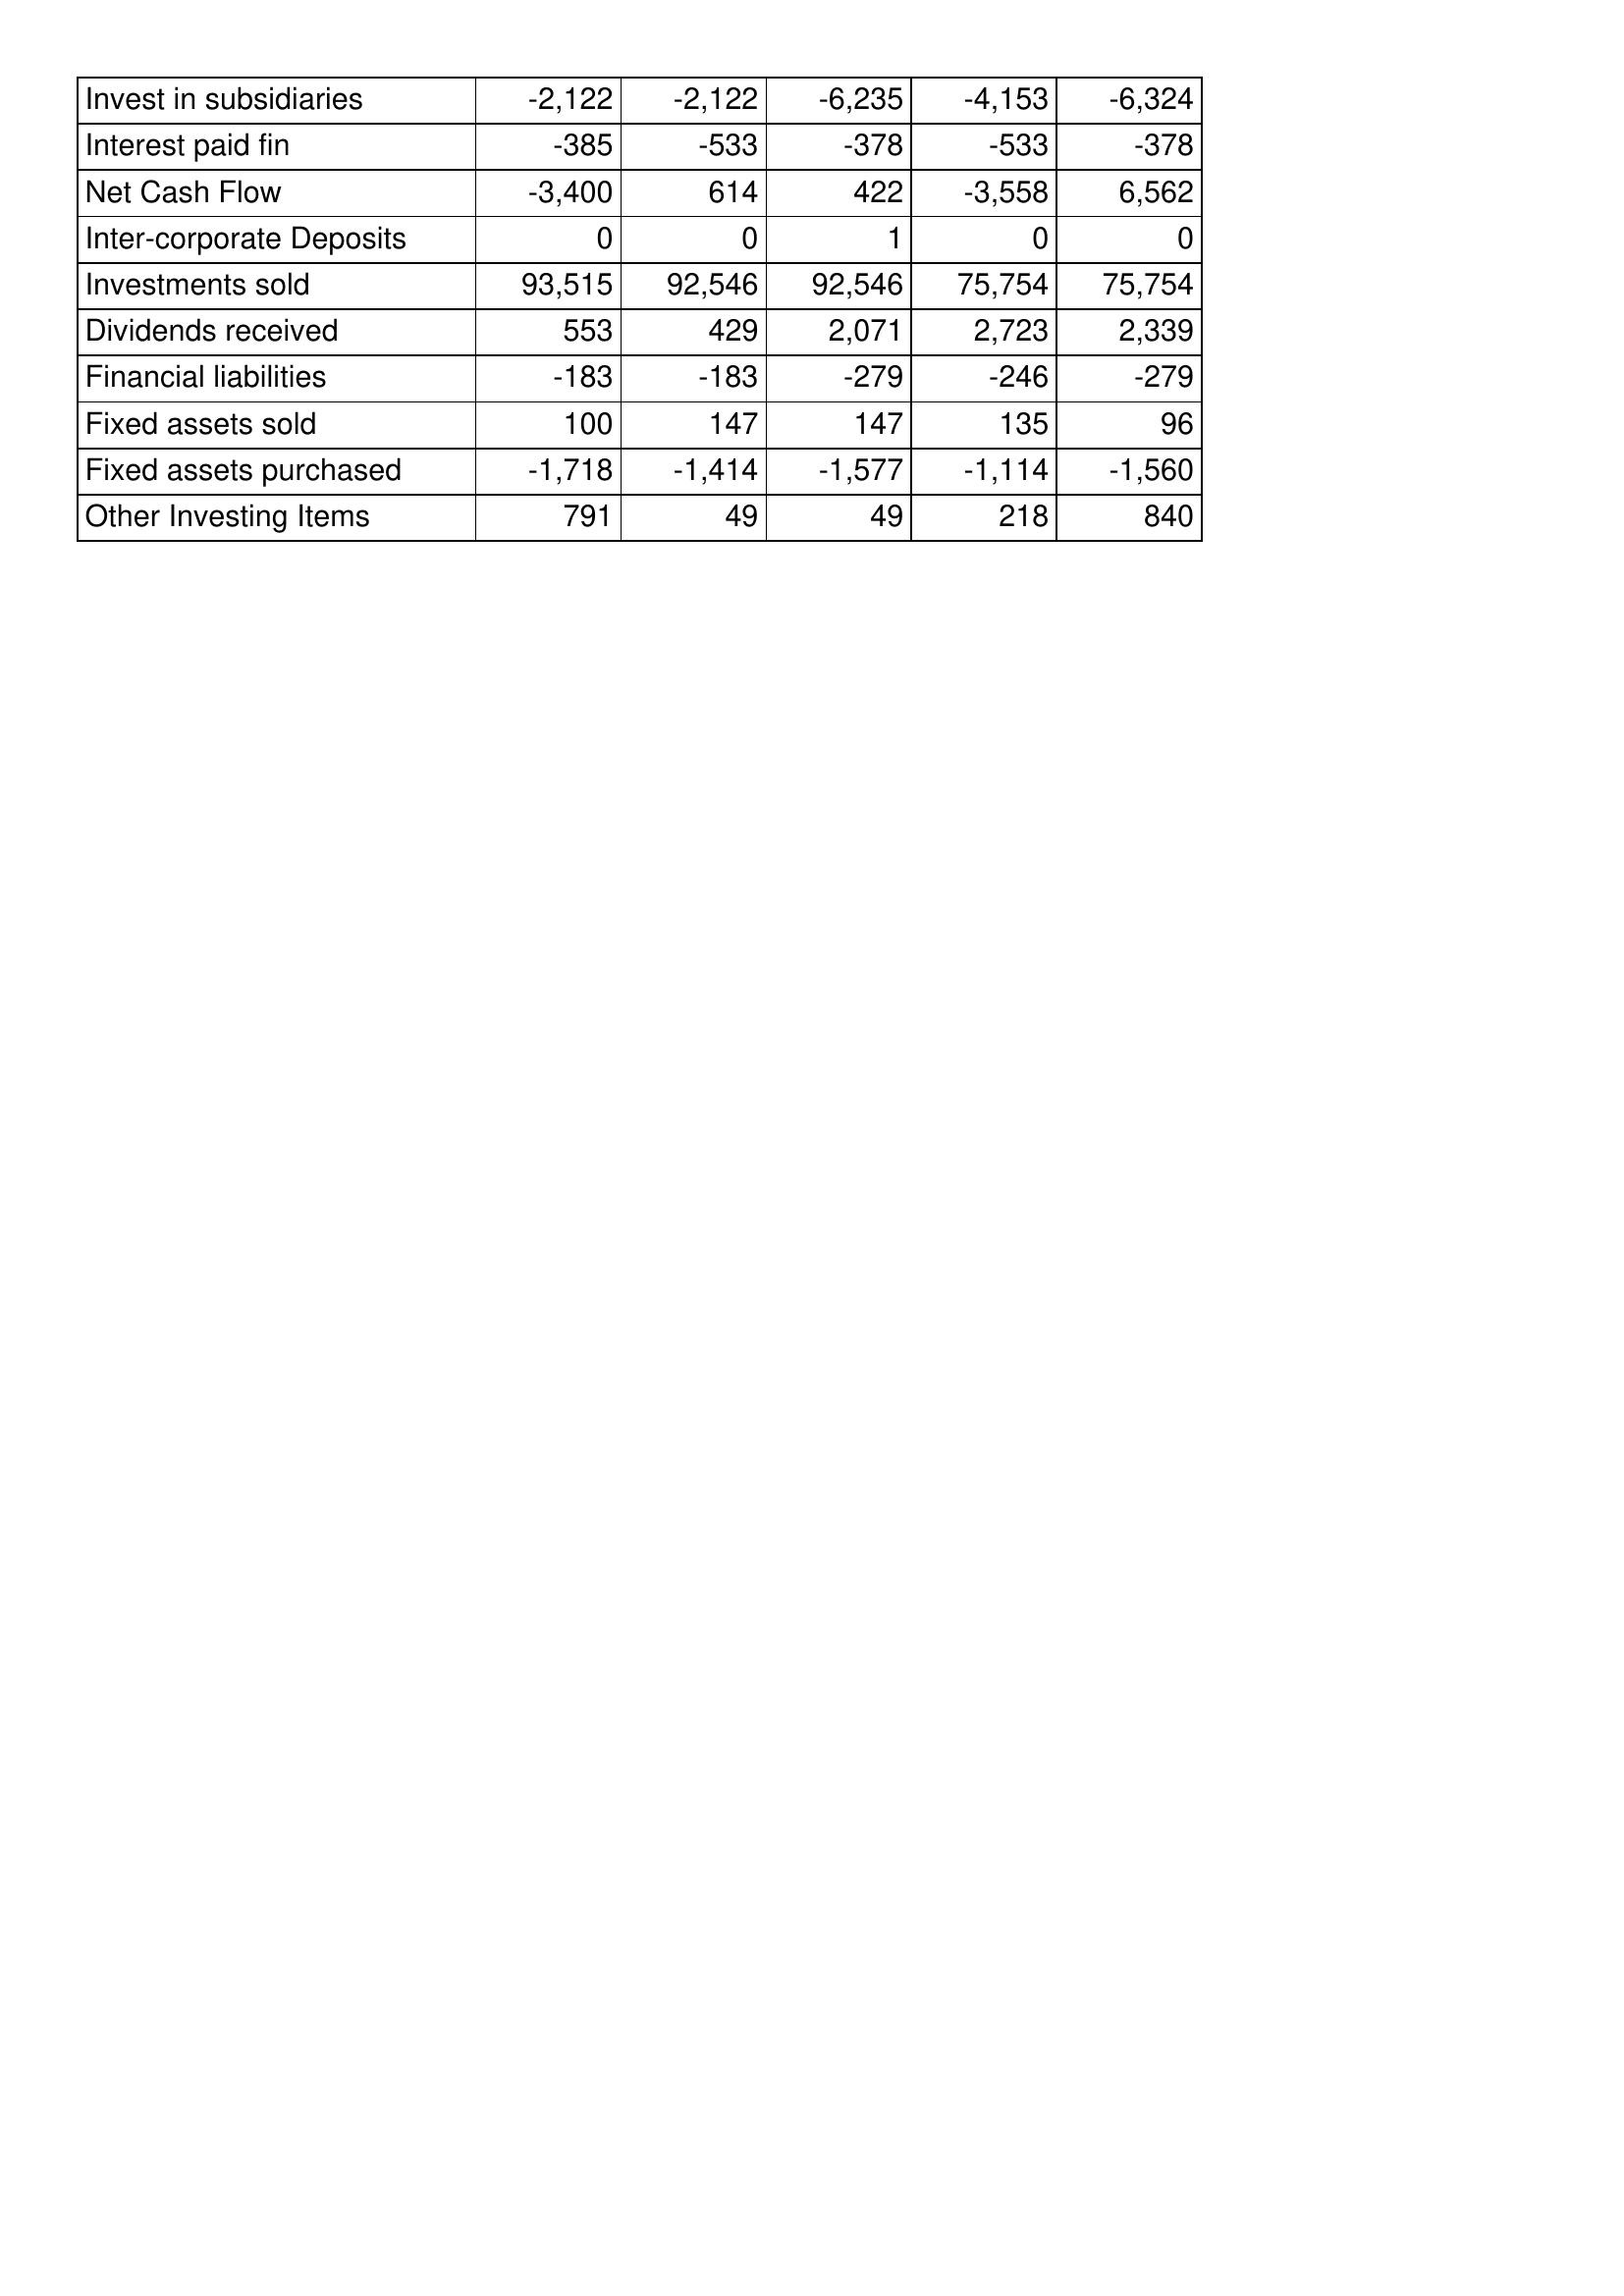
May-14: Cash Flows: Invest in subsidiaries: -2,122
Interest paid fin: -385
Net Cash Flow: -3,400
Inter-corporate Deposits: 0
Investments sold: 93,515
Dividends received: 553
Financial liabilities: -183
Fixed assets sold: 100
Fixed assets purchased: -1,718
Other Investing Items: 791
May-13: Cash Flows: Invest in subsidiaries: -2,122
Interest paid fin: -533
Net Cash Flow: 614
Inter-corporate Deposits: 0
Investments sold: 92,546
Dividends received: 429
Financial liabilities: -183
Fixed assets sold: 147
Fixed assets purchased: -1,414
Other Investing Items: 49
May-12: Cash Flows: Invest in subsidiaries: -6,235
Interest paid fin: -378
Net Cash Flow: 422
Inter-corporate Deposits: 1
Investments sold: 92,546
Dividends received: 2,071
Financial liabilities: -279
Fixed assets sold: 147
Fixed assets purchased: -1,577
Other Investing Items: 49
May-11: Cash Flows: Invest in subsidiaries: -4,153
Interest paid fin: -533
Net Cash Flow: -3,558
Inter-corporate Deposits: 0
Investments sold: 75,754
Dividends received: 2,723
Financial liabilities: -246
Fixed assets sold: 135
Fixed assets purchased: -1,114
Other Investing Items: 218
May-10: Cash Flows: Invest in subsidiaries: -6,324
Interest paid fin: -378
Net Cash Flow: 6,562
Inter-corporate Deposits: 0
Investments sold: 75,754
Dividends received: 2,339
Financial liabilities: -279
Fixed assets sold: 96
Fixed assets purchased: -1,560
Other Investing Items: 840